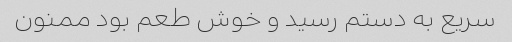
سریع به دستم رسید و خوش طعم بود ممنون